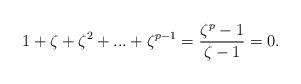
LaTeX: \begin{align*}1+\zeta+\zeta^2+...+\zeta^{p-1}=\frac{\zeta^{p}-1}{\zeta-1}=0.\end{align*}